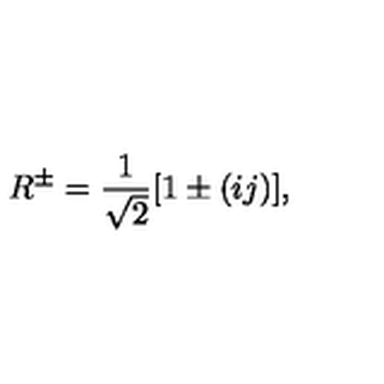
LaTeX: R ^ { \pm } = \frac { 1 } { \sqrt { 2 } } [ 1 \pm ( i j ) ] ,